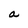
Character: a